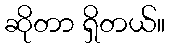
ဆိုတာ ရှိတယ်။